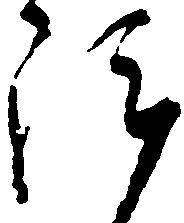
陣